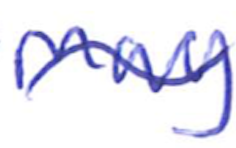
Text: May
Cross-out: wave
Writing tool: ballpoint